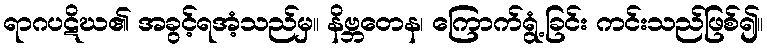
ရာဂပဋိဃ၏ အခွင့်ရအံ့သည်မှ။ နိဗ္ဘတေန၊ ကြောက်ရွံ့ခြင်း ကင်းသည်ဖြစ်၍။